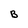
Character: B